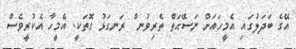
އޭގެ ބަދަލުގައި އެމީހައަށް ނަސޭޙަތް ތެރިވުނ ްްްްްްްްް ރަނގަޅު ގޮތަކީ. އެމީހާ އެކުރީވެސް